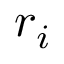
\boldsymbol { r } _ { i }